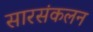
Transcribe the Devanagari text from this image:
सारसंकलन